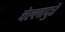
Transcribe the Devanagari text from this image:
चेल्लादुरै